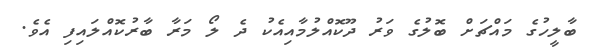
ބާލީހުގެ މައްޗަށް ބޮލުގެ ވަރު ދޫކޮއްލުމާއިއެކު ދެ ލޯ މަރާ ބާރުކޮއްލައިފި އެވެ.